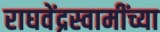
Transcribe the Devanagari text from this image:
राघवेंद्रस्वामींच्या